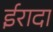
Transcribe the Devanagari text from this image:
ईरादा